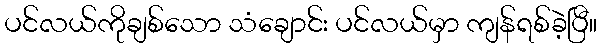
ပင်လယ်ကိုချစ်သော သံချောင်း ပင်လယ်မှာ ကျန်ရစ်ခဲ့ပြီ။